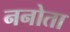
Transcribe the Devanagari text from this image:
ननोता